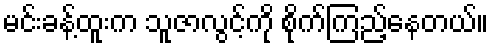
မင်းခန့်ထူးက သူဇာလွင့်ကို စိုက်ကြည့်နေတယ်။